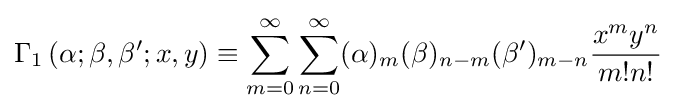
\Gamma _{1}\left(\alpha ;\beta ,\beta ';x,y\right)\equiv \sum _{m=0}^{\infty }\sum _{n=0}^{\infty }(\alpha )_{m}(\beta )_{n-m}(\beta ')_{m-n}{\frac {x^{m}y^{n}}{m!n!}}